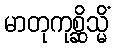
မာတုကုစ္ဆိသ္မိံ